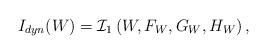
LaTeX: \begin{align*}I_{dyn}(W)=\mathcal{I}_1\left(W, F_W, G_W, H_W\right),\end{align*}